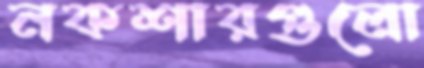
নকশারগুলো